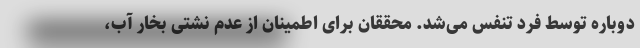
دوباره توسط فرد تنفس می‌شد. محققان برای اطمینان از عدم نشتی بخار آب،